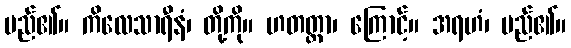
မည်၏။ ကိလေသာရီနံ၊ တို့ကို။ ဟတတ္တာ၊ ကြောင့်။ အရဟံ၊ မည်၏။